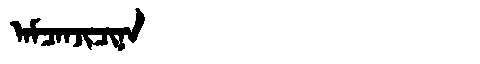
Manchu: ᠠᠮᠴᠠᠨᠵᡳᠴᡳᠨᠠ
Romanization: AMCANJICINA